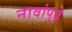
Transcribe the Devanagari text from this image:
नावांपुढे